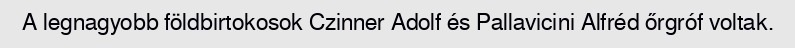
A legnagyobb földbirtokosok Czinner Adolf és Pallavicini Alfréd őrgróf voltak.